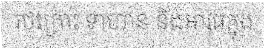
រថក្រោះ ទាហាន និងអាវុធក្នុង